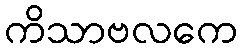
ကိသာဗလကေ